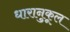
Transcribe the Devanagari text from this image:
धारानुकूल